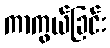
ကာကွယ်ခြင်း